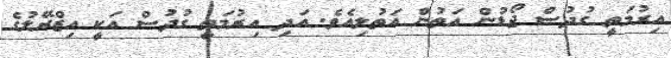
އިރުމަތީ ގުދުސް ޖޯޑުން އަތުން އަތުލިއެވެ. އަދި އިރުމަތީ ގުދުސް އަކީ އިޒްރޭލުގެ